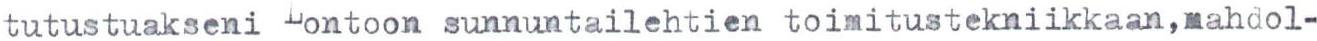
tutustuakseni Lontoon sunnuntailehtien toimitustekniikkaan, mahdol-